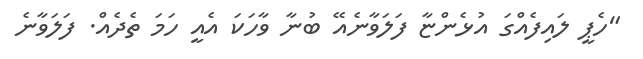
"ހެޕީ ލައިފެއްގަ އުޅެންޏާ ފަލަވާނެއޭ ބުނާ ވާހަކަ އެއީ ހަމަ ތެދެއް. ފަލަވާނެ